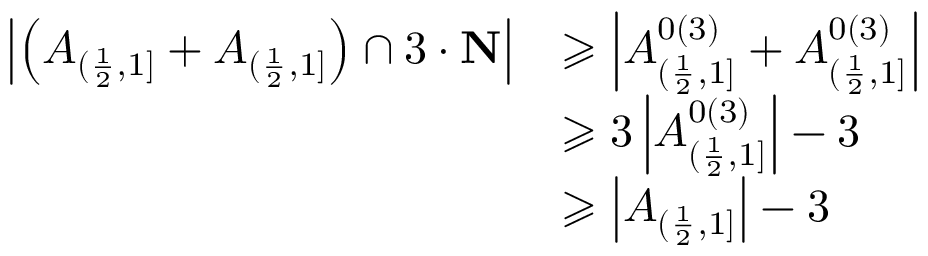
\begin{array} { r l } { \left| \left( A _ { ( \frac { 1 } { 2 } , 1 ] } + A _ { ( \frac { 1 } { 2 } , 1 ] } \right) \cap 3 \cdot \mathbf { N } \right| } & { \geqslant \left| A _ { ( \frac { 1 } { 2 } , 1 ] } ^ { 0 ( 3 ) } + A _ { ( \frac { 1 } { 2 } , 1 ] } ^ { 0 ( 3 ) } \right| } \\ & { \geqslant 3 \left| A _ { ( \frac { 1 } { 2 } , 1 ] } ^ { 0 ( 3 ) } \right| - 3 } \\ & { \geqslant \left| A _ { ( \frac { 1 } { 2 } , 1 ] } \right| - 3 } \end{array}